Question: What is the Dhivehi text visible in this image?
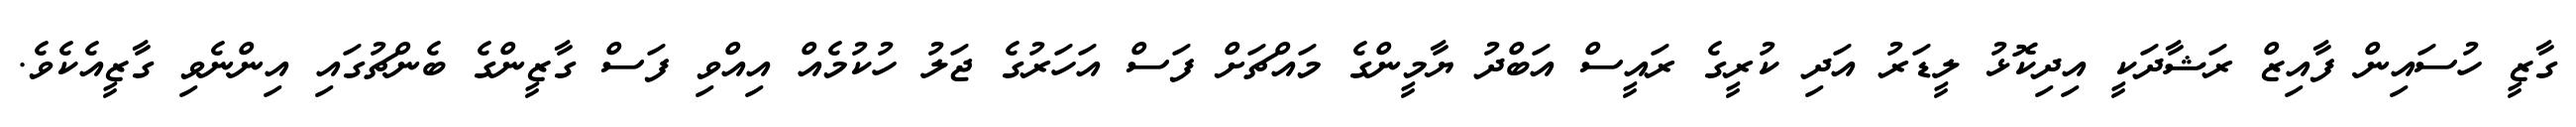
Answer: ގާޒީ ހުސައިން ފާއިޒް ރަޝާދަކީ އިދިކޮޅު ލީޑަރު އަދި ކުރީގެ ރައީސް އަބްދު ޔާމީންގެ މައްޗަށް ފަސް އަހަރުގެ ޖަލު ހުކުމެއް އިއްވި ފަސް ގާޒީންގެ ބެންޗުގައި އިންނެވި ގާޒީއެކެވެ.